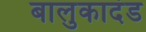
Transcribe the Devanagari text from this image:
बालुकादंड